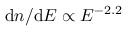
\mathrm { d } n / \mathrm { d } E \propto E ^ { - 2 . 2 }